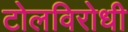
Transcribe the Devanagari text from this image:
टोलविरोधी